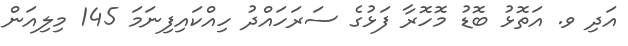
އަދި ވ. އަތޮޅު ބޮޑު މޮހޮރާ ފަޅުގެ ސަރަހައްދު ހިއްކައިފިނަމަ 145 މިލިއަން